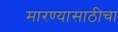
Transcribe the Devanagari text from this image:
मारण्यासाठीचा